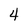
Character: 4